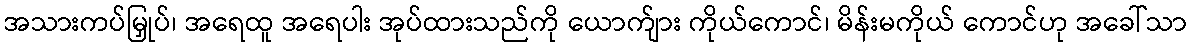
အသားကပ်မြှုပ်၊ အရေထူ အရေပါး အုပ်ထားသည်ကို ယောက်ျား ကိုယ်ကောင်၊ မိန်းမကိုယ် ကောင်ဟု အခေါ်သာ